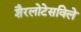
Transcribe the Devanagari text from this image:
शैरलोटेसविले